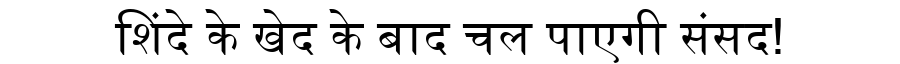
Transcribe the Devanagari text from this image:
शिंदे के खेद के बाद चल पाएगी संसद!